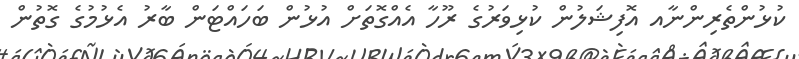
ކުޅުންތެރިންނާއ އޮފިޝަލުން ކުޅިވަރުގެ ރޫހާ އެއްގޮތަށް އުޅުން ބަހައްޓަން ބާރު އެޅުމުގެ ގޮތުން